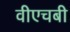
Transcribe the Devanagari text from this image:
वीएचबी